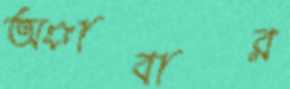
অাবার